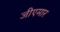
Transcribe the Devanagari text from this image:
जीएमार